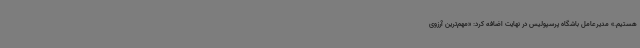
هستیم.» مدیرعامل باشگاه پرسپولیس در نهایت اضافه کرد: «مهم‌ترین آرزوی